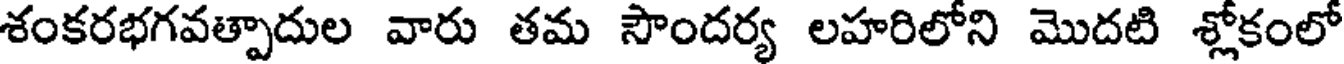
శంకరభగవత్పాదుల వారు తమ సౌందర్య లహరిలోని మొదటి శ్లోకంలో